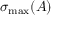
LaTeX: \sigma _ { \mathrm { m a x } } ( A )